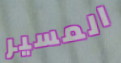
المسير